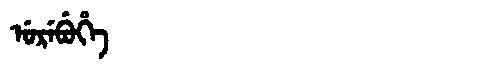
Manchu: ᡠᡵᡝᠪᡠᡥᡝ
Romanization: UREBUHE